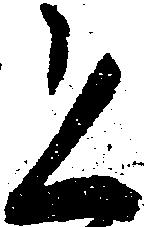
恐